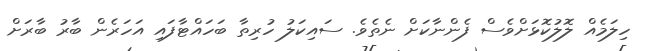
ހިލަމެއް ލޮލުކޮޅަށްވެސް ފެންނާކަށް ނެތެވެ. ސައިކަލު ހުރިތާ ބަހައްޓާފައި އަހަރެން ބާރު ބާރަށް